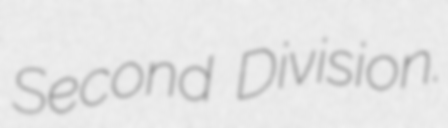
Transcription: Second Division.